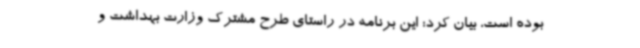
بوده است، بیان کرد: این برنامه در راستای طرح مشترک وزارت بهداشت و